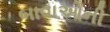
બાવાઓની